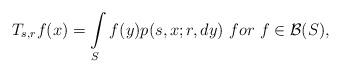
LaTeX: \begin{align*}T_{s,r}f(x)=\int\limits_S f(y)p(s,x;r,dy) \ for \ f\in \mathcal{B}(S),\end{align*}